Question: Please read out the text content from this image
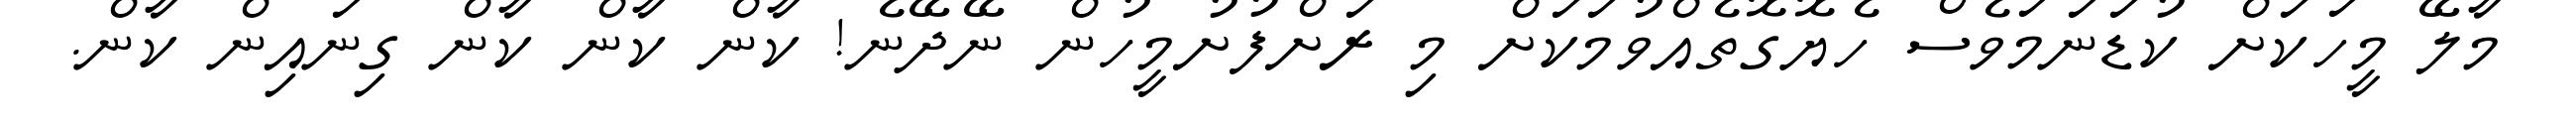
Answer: މާލޭ މީހަކަށް ކުޑަނަމަވެސް ހެޔޮގޮތެއްވުމަކަށް މި ރަށްފުށުމީހުން ނޭދޭނެ! ކާން ކާން ކާން ގިނައިން ކާން.